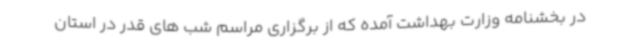
در بخشنامه وزارت بهداشت آمده که از برگزاری مراسم شب های قدر در استان